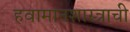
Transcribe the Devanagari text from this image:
हवामानशास्त्राची